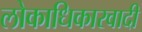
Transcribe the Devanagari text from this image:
लोकाधिकारवादी